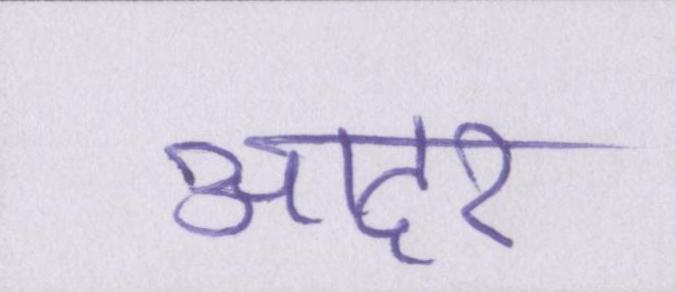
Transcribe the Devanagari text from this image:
आदर